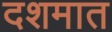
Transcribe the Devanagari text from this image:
दशमात